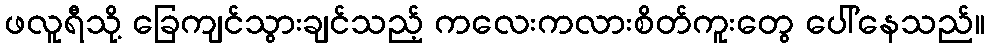
ဖလူရီသို့ ခြေကျင်သွားချင်သည့် ကလေးကလားစိတ်ကူးတွေ ပေါ်နေသည်။